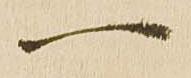
一